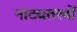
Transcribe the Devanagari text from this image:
नाट्यतत्त्वों